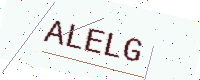
Text: ALELG